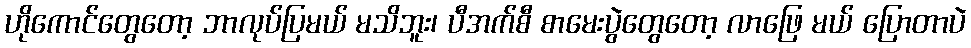
ဟိုကောင်တွေတော့ ဘာလုပ်ပြမယ် မသိဘူး၊ ပီအက်စီ စာမေးပွဲတွေတော့ လာဖြေ မယ် ပြောတာပဲ